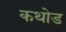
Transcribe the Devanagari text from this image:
कथोड